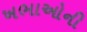
ખભાઓની